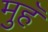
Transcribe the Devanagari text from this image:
मुहॅ